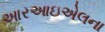
આરઆઇએલના